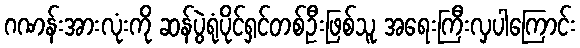
ဂဏန်းအားလုံးကို ဆန်ပွဲရုံပိုင်ရှင်တစ်ဦးဖြစ်သူ အရေးကြီးလှပါကြောင်း